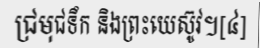
ជ្រមុជទឹក និងព្រះយេស៊ូវ។[៤]